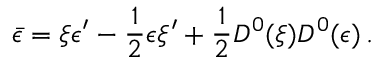
\bar { \epsilon } = \xi \epsilon ^ { \prime } - \frac { 1 } { 2 } \epsilon \xi ^ { \prime } + \frac { 1 } { 2 } { \cal D } ^ { 0 } ( \xi ) { \cal D } ^ { 0 } ( \epsilon ) \, .